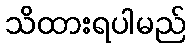
သိထားရပါမည်